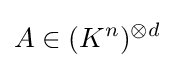
A\in (K^{n})^{\otimes d}